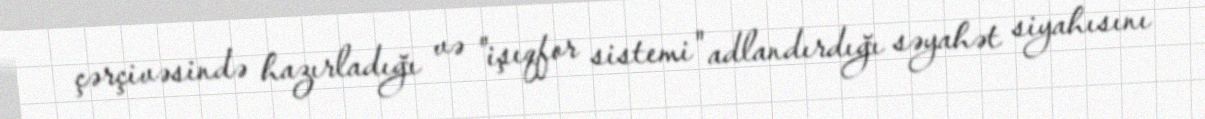
çərçivəsində hazırladığı və "işıqfor sistemi" adlandırdığı səyahət siyahısını